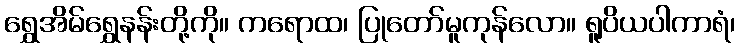
ရွှေအိမ်ရွှေနန်းတို့ကို။ ကရောထ၊ ပြုတော်မူကုန်လော။ ရူပိယပါကာရံ၊